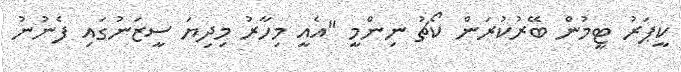
ކީޕަރު ޓީމުން ބޭރުކުރަން ކޯޗު ނިންމީ "އެއީ މިހާރު މިދިޔަ ސީޒަނުގައި ފެނުނު